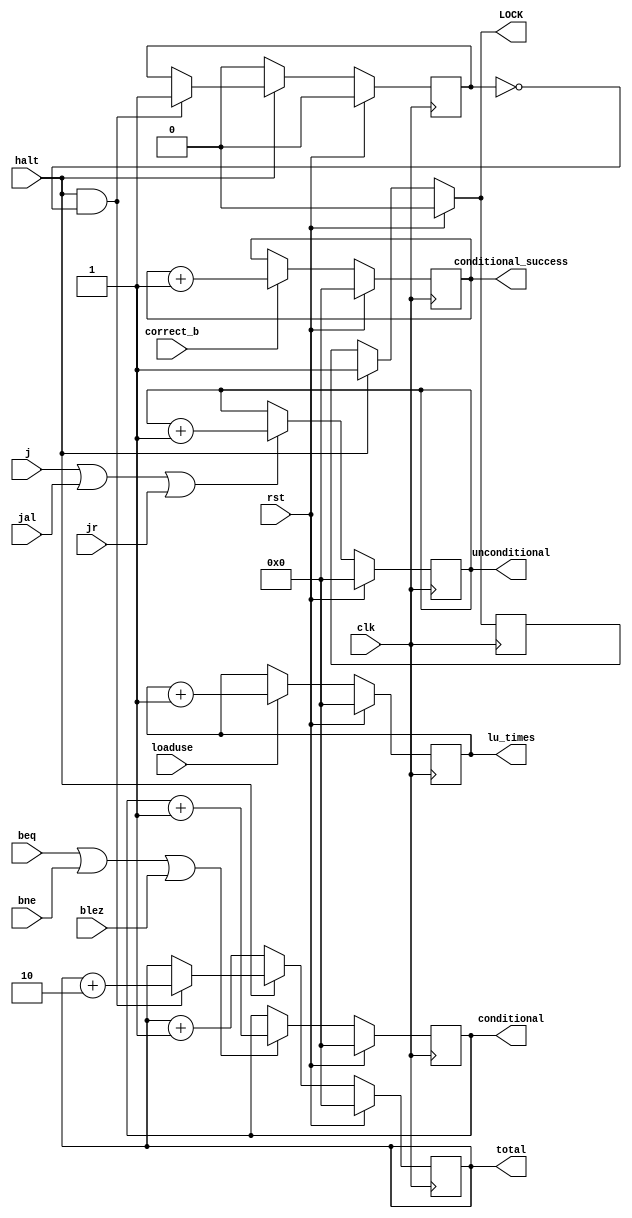
module CACU(rst,clk,halt,total,conditional,unconditional,
    conditional_success,j,jal,jr,blez,beq,bne,correct_b,
    loaduse,lu_times,LOCK);
    input rst;
    input clk;
    input halt;
    input j;
    input jal;
    input jr;
    input bne;
    input blez;
    input beq;
    input correct_b;
    input loaduse;
    output reg LOCK;
    output reg [31:0]total;
    output reg [31:0]conditional;
    output reg [31:0]unconditional;
    output reg [31:0]conditional_success;
    output reg [31:0]lu_times;
    reg flag,out1,out2;
    initial begin
        total=0;
        conditional_success=0;
        conditional=0;
        unconditional=0;
        lu_times=0;
        flag=0;
        LOCK=0;
    end

    always @(posedge clk)
        begin
            if (rst) begin
                    out2 <= 0;
                end
            else
               out2<=out1;
        end
        
        always @(*) begin
            if (rst) begin
                out1 <= 0;
                LOCK<=0;
            end
            else if(halt) begin
                out1 <= 1;
                LOCK<=1;
            end
            else begin
                out1<=out2;
                LOCK<=out2;
            end
        end
        
    always @(negedge clk)begin
        if(rst)begin 
            total=0;
            conditional_success=0;
            conditional=0;
            unconditional=0;
            lu_times=0;
            flag=0;
        end
        else begin
            if(!halt)begin
                total=total+1; 
                flag=0;
            end
            else if(halt&&(flag == 0))begin
                total=total+2;
                flag=1;
            end
            if(j|jal|jr)unconditional=unconditional+1;
            if(beq|bne|blez)conditional=conditional+1;
            if(correct_b)conditional_success=conditional_success+1;
            if(loaduse) lu_times=lu_times+1;
        end
    end

endmodule